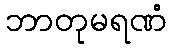
ဘာတုမရဏံ